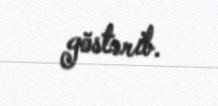
göstərib.